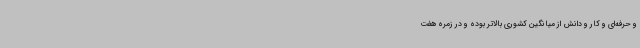
و حرفه‌ای و کار و دانش از میانگین کشوری بالاتر بوده و در زمره هفت